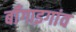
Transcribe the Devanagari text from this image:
बॉँगाइगांव